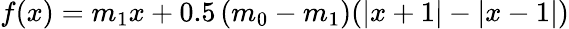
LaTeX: f(x)=m_{1}x+0.5\left(m_{0}-m_{1}\right)(|x+1|-|x-1|)